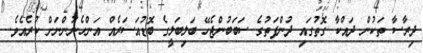
ދިރާސާ ތަކުން ދައްކާ ގޮތުގައި ދުންފަތުގެ ސަބަބުންޖެހޭ ބަލިބަލީގެ ބޮޑުއަސަރެއް އަންހެނުންނަށް ކުރެއެވެ.